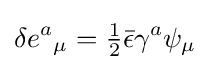
\delta e^{a}{}_{\mu }={\tfrac {1}{2}}{\bar {\epsilon }}\gamma ^{a}\psi _{\mu }